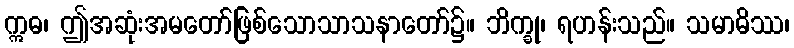
ဣဓ၊ ဤအဆုံးအမတော်ဖြစ်သောသာသနာတော်၌။ ဘိက္ခု၊ ရဟန်းသည်။ သမာဓိဿ၊